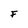
Character: F